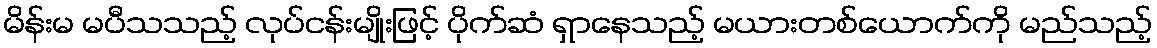
မိန်းမ မပီသသည့် လုပ်ငန်းမျိုးဖြင့် ပိုက်ဆံ ရှာနေသည့် မယားတစ်ယောက်ကို မည်သည့်